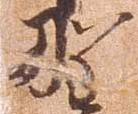
野